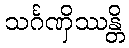
သင်္ဂဏှိဿန္တိ